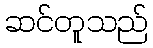
ဆင်တူသည်